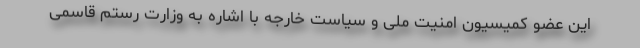
این عضو کمیسیون امنیت ملی و سیاست خارجه با اشاره به وزارت رستم قاسمی